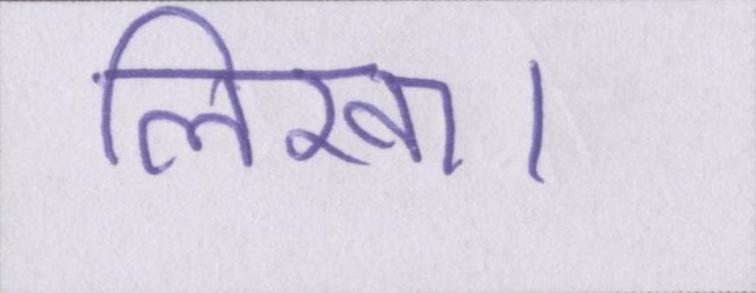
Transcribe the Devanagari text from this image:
लिखा।